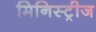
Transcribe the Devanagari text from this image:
मिनिस्ट्रीज